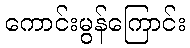
ကောင်းမွန်ကြောင်း